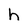
Character: h